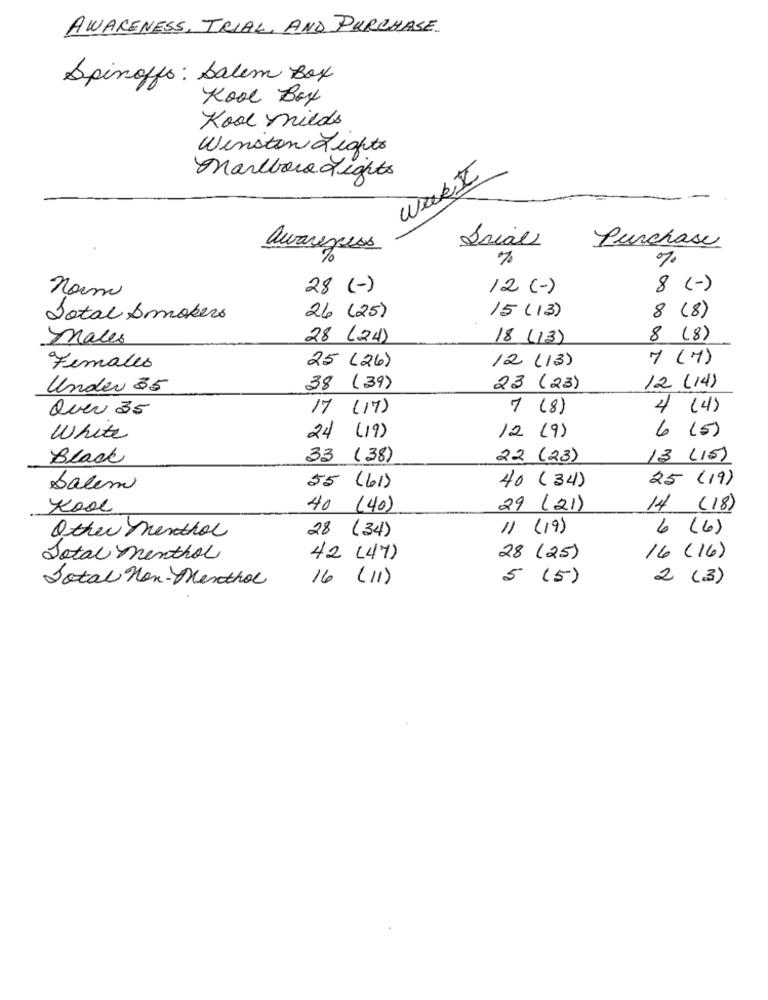
AWARENESS, TRIAL, AND PURCHASE
Spinoffs: Salem Box
Kool Box
Kool milds
Winston Lights
wasit
Marlboro Fights
Srial
Purchase
awareness
7
%
28 (-)
12 (-)
8
(-)
norm
8
Total Smokers
26 (25)
15 ( 13)
(8)
males
28 (24)
18 (13)
8 (8)
25 (26)
12 ( 13)
7 (7)
Females
Under 35
38 (39)
23 (23)
12 (14)
Quer 35
17 ( 17)
7 ( 8)
4 (4)
12 (9)
6 (5)
White
24 ( 19)
Black
33 (38)
22 (23)
13 (15)
40 (34)
25 (19)
Salem
55 (61)
Kool
40 (40)
29 (21)
14 (18)
28 (34)
11 ( 19)
6 (6)
Other Menthol
Total menthol
42 (47)
28 (25)
16 (16)
Total Non- Menthol
16 (11)
5 (5)
2 (3)